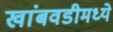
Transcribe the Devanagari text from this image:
खांबवडीमध्ये